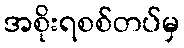
အစိုးရစစ်တပ်မှ